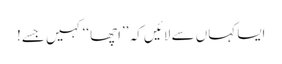
ایسا کہاں سے لائیں کہ ’’اچھا‘‘ کہیں جسے!